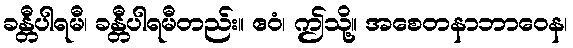
ခန္တီပါရမီ၊ ခန္တီပါရမီတည်း။ ဧဝံ၊ ဤသို့။ အစေတနာဘာဝေန၊